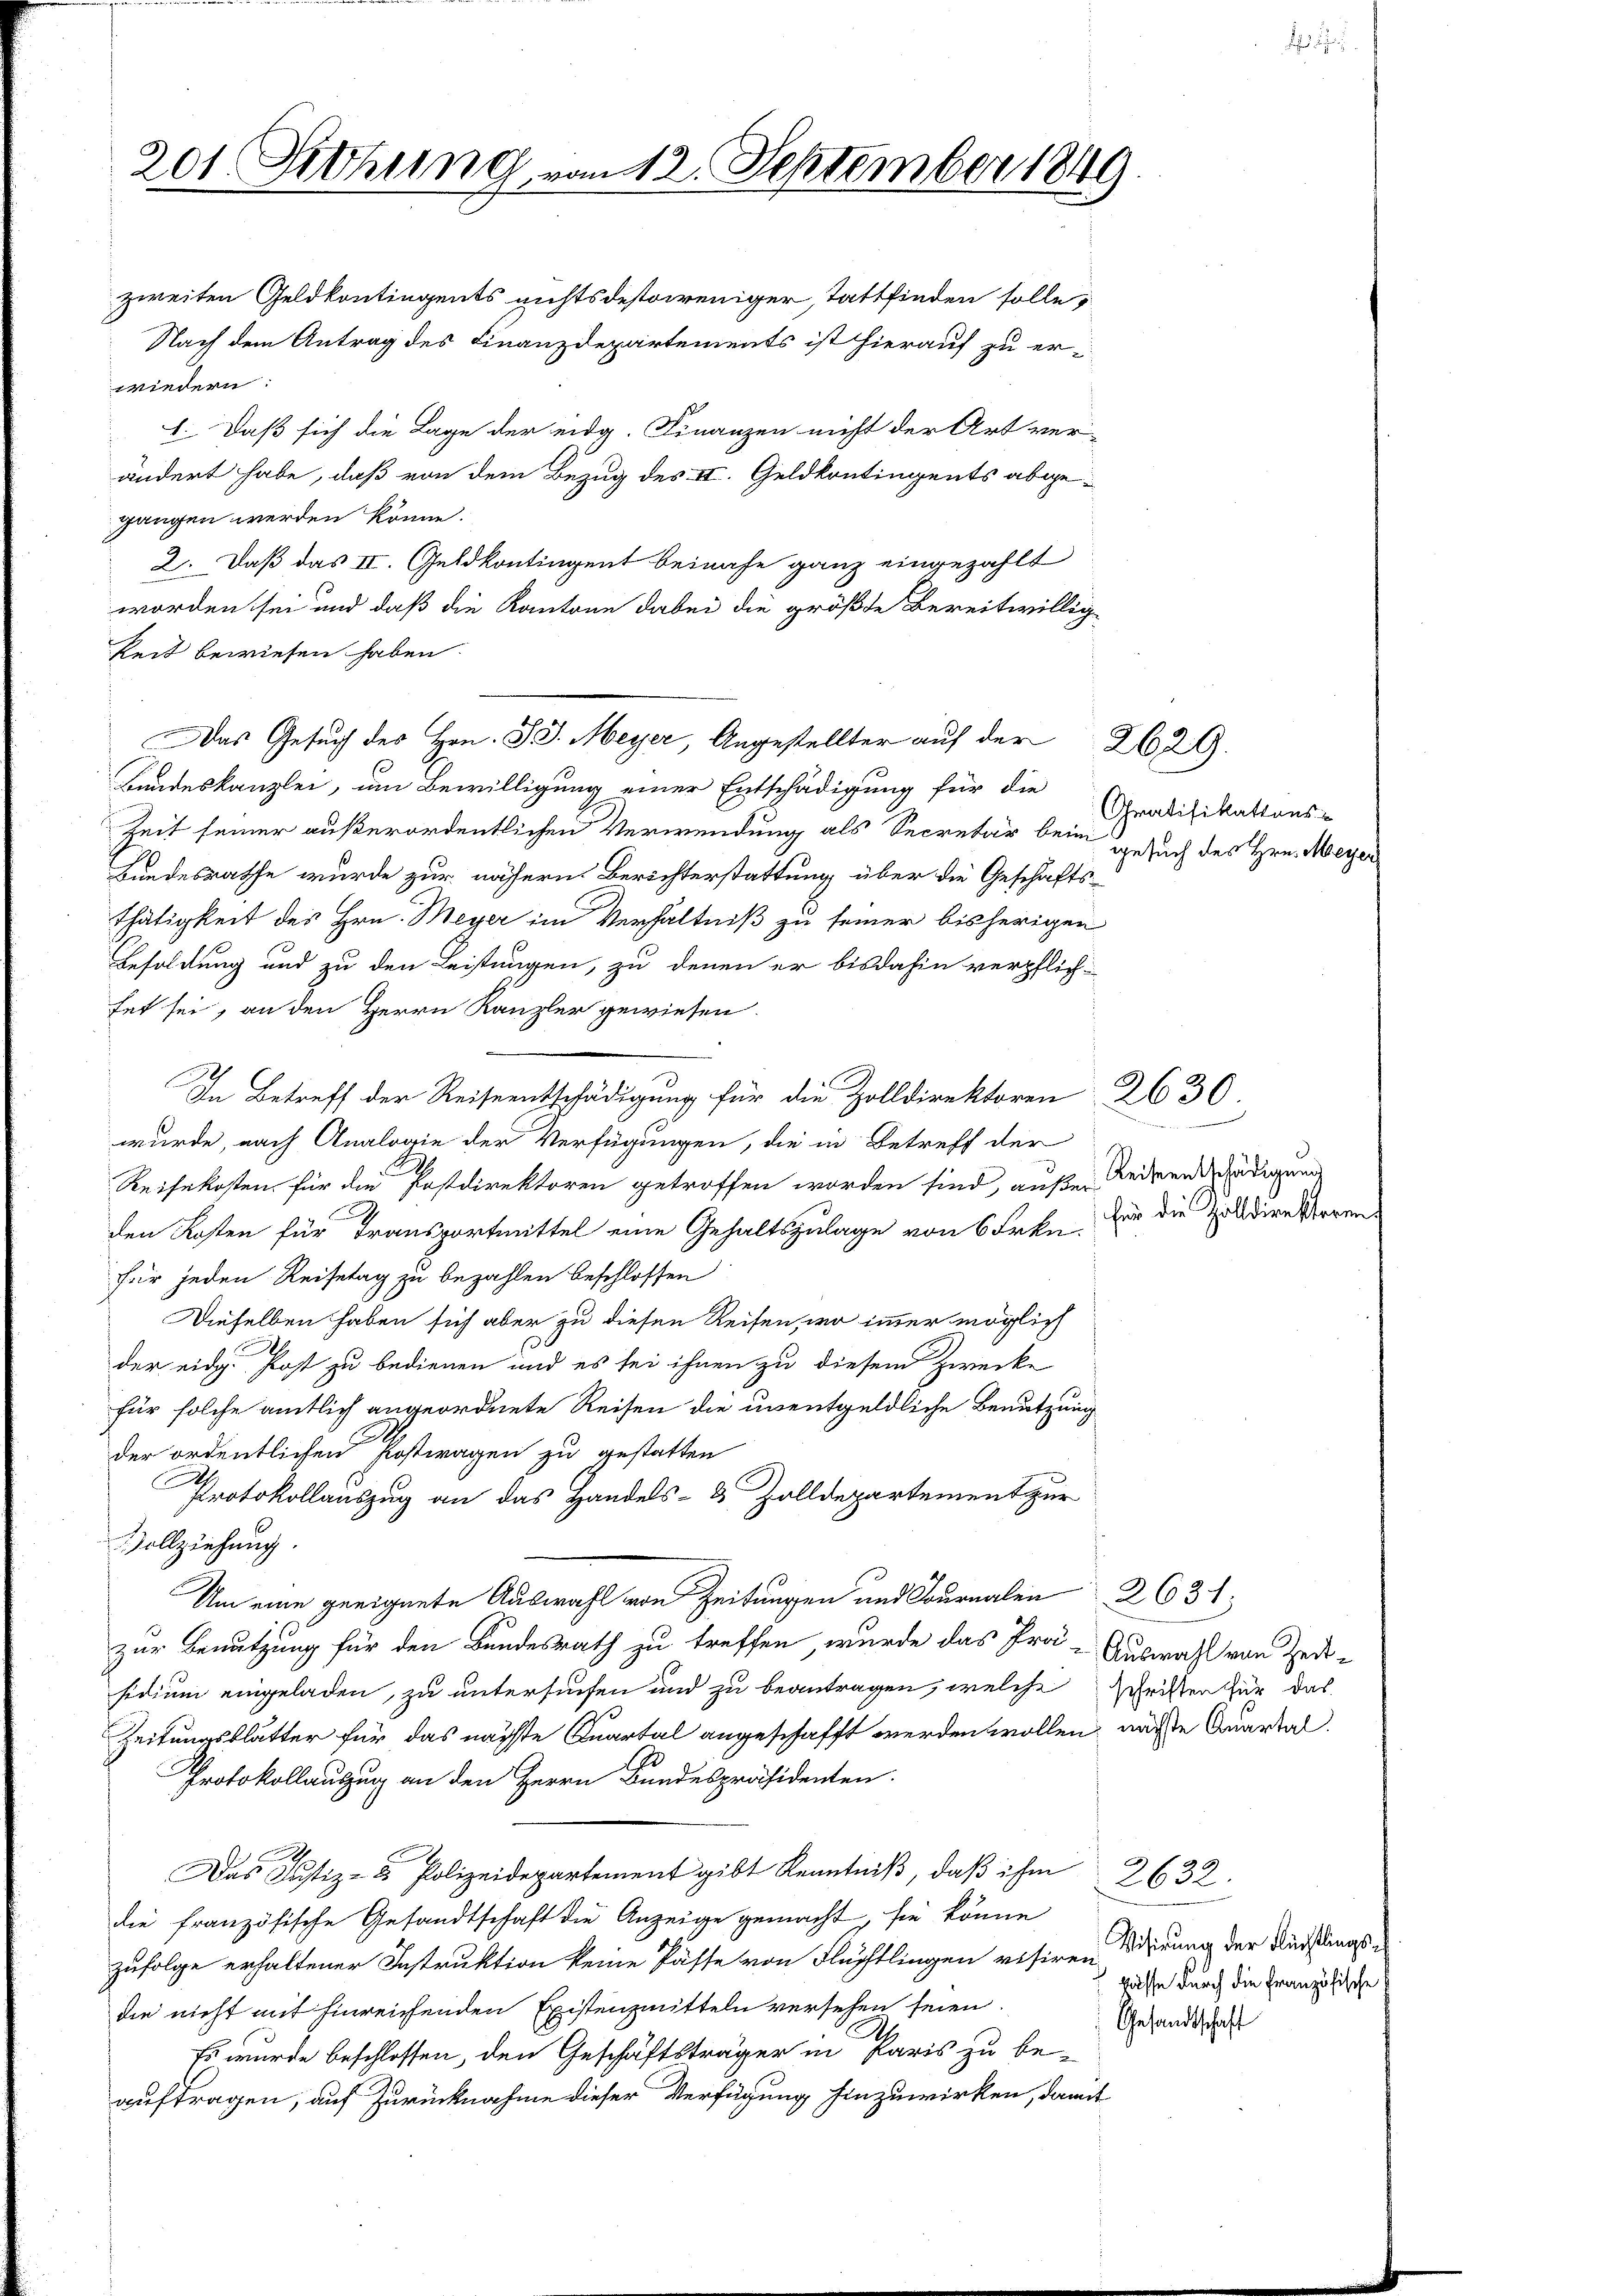
201 Sitzung vom 12. September 1849.

zweiten Geldkontingents nichtsdestoweniger, stattfinden solle,
Nach dem Antrag des Finanzdepartements ist hierauf zu erwiedern.
1. Daß sich die Lage der eidg. Finanzen nicht der Art ver-
ändert habe, daß von dem Bezug des III. Geldkontingents abgegangen werden könne.
2. Daß das II. Geldkontingent beinahe ganz eingezahlt
worden sei und daß die Kantone dabei die größte Bereitwillige
keit bewiesen haben
Bundeskanzlei, um Bewilligung einer Entschädigung für die
Zeit seiner außerordentlichen Verwendung als Secretär beim Gesuch des Hrn. Meyer
Bundesrathe wurde zur nähern Berichterstattung über die Geschäftsthätigkeit des Hrn. Meyer im Verhältniß zu seiner bisherigen
Besoldung und zu den Leistungen, zu denen er bisdahin verpflich-
tet sei, an den Herrn Kanzler gewiesen.
In Betreff der Reiseentschädigung für die Zolldirektoren 2630.
wurde, nach Analogie der Verfügungen, die in Betreff der
Reisekosten für die Postdirektoren getroffen worden sind, außer Reisenschädigung
x
den Kosten für Transportmittel eine Gehaltszulage von 6 Frkn. für die Zolldirektoren
für jeden Reisetag zu bezahlen beschlossen
Dieselben haben sich aber zu diesen Reisen, wo immer möglich
der eidg. Post zu bedienen und es sei ihnen zu diesem Zwecke
für solche amtlich angeordnete Reisen die unentgeldliche Benutzung
der ordentlichen Postwagen zu gestatten
Protokollauszug an das Handels- & Zolldepartement zur
Vollziehung.

zur Benutzung für den Bundesrath zu treffen, wurde das Prä- Auswahl von Zeitsidium eingeladen, zu untersuchen und zu beantragen, welche schriften für das
Zeitungsblätter für das nächste Quartal angeschafft werden wollen, nachte Quartal
Protokollauszug an den Herrn Bundespräsidenten.
Das Justiz- & Polizeidepartement gibt Kenntniβ, daβ ihm 2632.
die französische Gesandtschaft die Anzeige gemacht, sie könne
zufolge erhaltener Instruktion keine Pässe von Flüchtlingen visiren dirung der Kürstlings-
die nicht mit hinreichenden Existenzmitteln versehen seien.
Es wurde beschlossen, den Geschäftsträger in Paris zu beauftragen, auf Zurücknahme dieser Verfügung hinzuwirken, damit

Das Gesuch des Hrn. J. Meyer, Angestellter auf der 2629.

Stratifikations

.

gasse durch die Französische
Gesandtschaft